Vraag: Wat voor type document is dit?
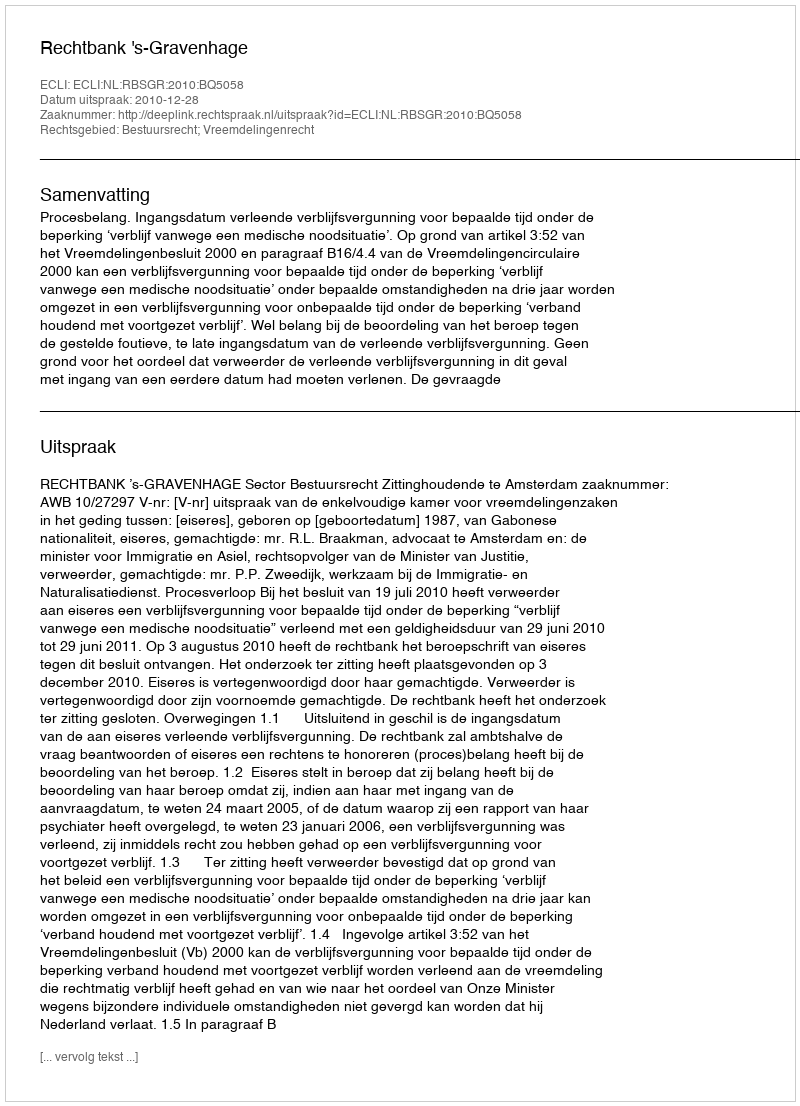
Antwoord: Uitspraak